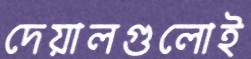
দেয়ালগুলোই